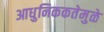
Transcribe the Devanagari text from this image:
आधुनिककतेमुळे